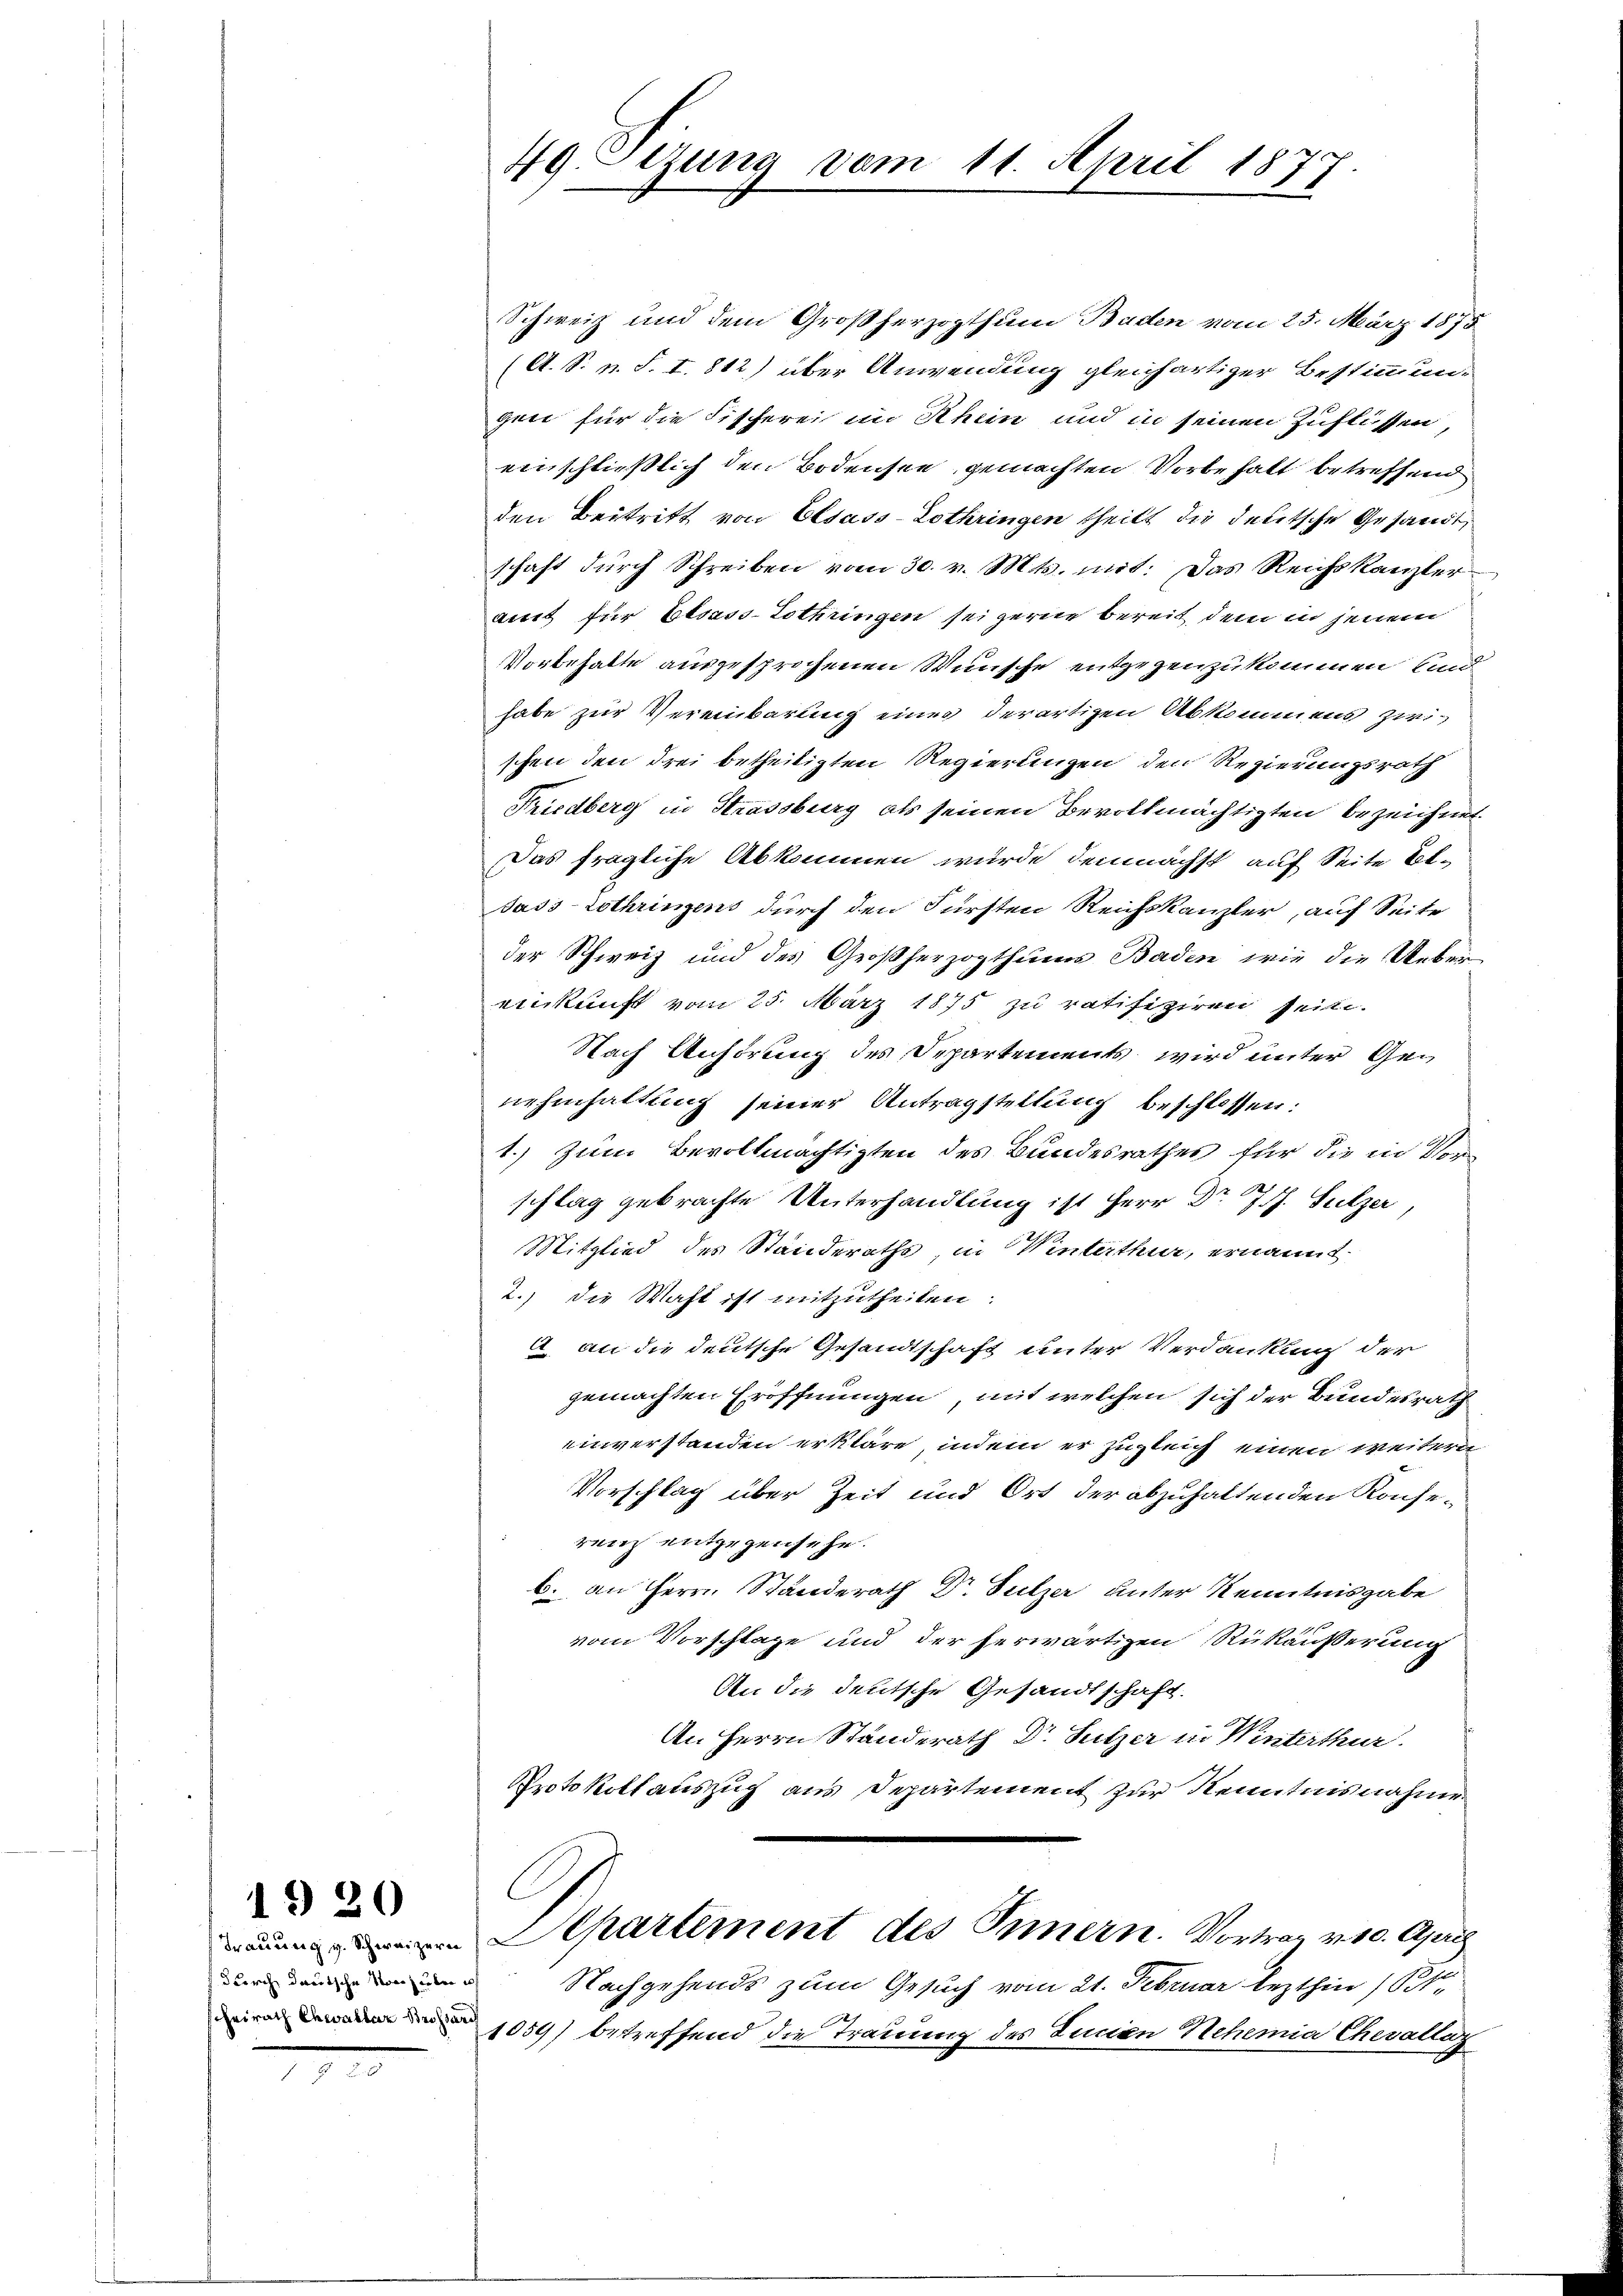
1920

49. Lezung vom 11. April 187
.

Schweiz und dem Großherzogthum Baden vom 25. März 1875
(A. S. n. F. I. 812) über Anwendung gleichartiger Bestimmun-
gen für die Fischerei im Rhein und in seinen Zuflüssen,
einschließlich den Bodensee gemachten Vorbehalt betreffend
den Beitritt von Elsass-Lothringen theilt die deutsche Gesandt,
schaft durch Schreiben vom 30. v. Mts. mit: Das Reichskanzler
aut für Elsass-Lothringen seigerne bereit, dem in jenem
Vorbehalte ausgesprochenen Wünsche entgegenzukommen und
habe zur Vereinbarung eines derartigen Abkommens zwi
schen den drei betheiligten Regierungen den Regierungsrath
Friedberg in Strassburg als seinen Bevollmächtigten bezeichnet
Das fragliche Abkommen wurde demnächst auf Seite Et-
Jass Lothringens durch den Fürsten Reichskanzler, auf Seite
der Schweiz und des Großherzogthums Baden, wie die Uebereinkunft vom 25. März 1875 zu ratifiziren sein.
Nach Anhörung des Departements wird unter Genehmhaltung seiner Antragstellung beschlossen:
1.) Zum Bevollmächtigten des Bundesrathes für die in Vorschlag gebrachte Unterhandlung ist Herr Dr. J. J. Sulzer,
Mitglied des Standeraths, in Winterthur, ernannt
2.) die Wahl ist mitzutheilen.
A. an die deutsche Gesandtschaft unter Verdankung der
gemachten Eröffnungen, mit welchen sich der Bundesrath
einverstanden erkläre, indem er zugleich einen weitern
Vorschlag über Zeit und Ort der abzuhaltenden Konserenz entgegensehe.
b. an Herrn Standerath Dr. Sulzer unter Kenntnisgabe
vom Vorschlage und der herwärtigen Rükäußerung
An die deutsche Gesandtschaft.
An Herrn Standerath Dr. Sutzer in Winterthur
Protokollauszug aus Departement zur Kenntnisnahme
C
Aepartement des Innern. Vortrag v. 10. April
 Nachgehends zum Gesuch vom 21. Februar lezthin (S.
1059) betreffend die Trauung des Lucian Nehemia Chevallag